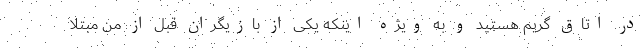
در اتاق گریم هستید و به ویژه اینکه یکی از بازیگران قبل از من مبتلا